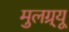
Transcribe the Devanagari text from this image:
मुलग्र्यू